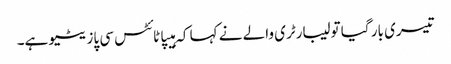
تیسری بار گیا تو لیبارٹری والے نے کہا کہ ہیپاٹائٹس سی پازیٹیو ہے۔